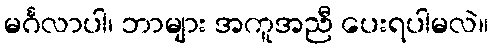
မင်္ဂလာပါ၊ ဘာများ အကူအညီ ပေးရပါမလဲ။